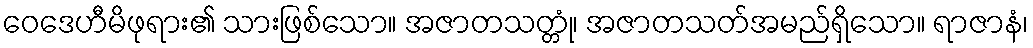
ဝေဒေဟီမိဖုရား၏ သားဖြစ်သော။ အဇာတသတ္တုံ၊ အဇာတသတ်အမည်ရှိသော။ ရာဇာနံ၊